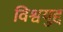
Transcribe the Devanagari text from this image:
विश्वयुद्द